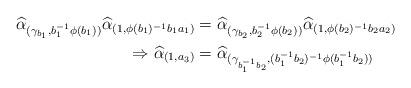
LaTeX: \begin{align*}\widehat{\alpha}_{(\gamma_{b_1}, b_1^{-1}\phi(b_1))}\widehat{\alpha}_{(1, \phi(b_1)^{-1}b_1a_1)}&=\widehat{\alpha}_{(\gamma_{b_2}, b_2^{-1}\phi(b_2))}\widehat{\alpha}_{(1, \phi(b_2)^{-1}b_2a_2)}\\\Rightarrow\widehat{\alpha}_{(1, a_3)}&=\widehat{\alpha}_{(\gamma_{b_1^{-1}b_2}, (b_1^{-1}b_2)^{-1}\phi(b_1^{-1}b_2))}\end{align*}